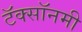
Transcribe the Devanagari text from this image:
टॅक्सॉनमी